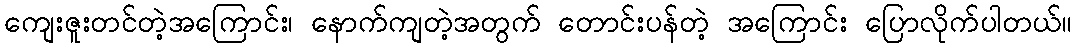
ကျေးဇူးတင်တဲ့အကြောင်း၊ နောက်ကျတဲ့အတွက် တောင်းပန်တဲ့ အကြောင်း ပြောလိုက်ပါတယ်။